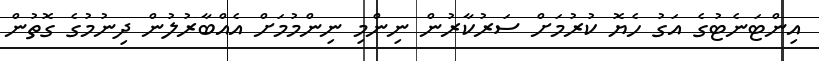
އިންޓަނެޓުގެ އަގު ހެޔޮ ކުރުމަށް ސަރުކާރުން ނިންމި ނިންމުމަށް އެއްބާރުލުން ދިނުމުގެ ގޮތުން